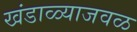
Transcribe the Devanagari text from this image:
खंडाळ्याजवळ